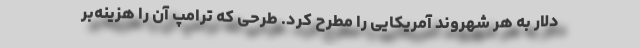
دلار به هر شهروند آمریکایی را مطرح کرد. طرحی که ترامپ آن را هزینه‌بر